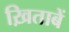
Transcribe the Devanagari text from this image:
ख़िताबें